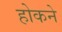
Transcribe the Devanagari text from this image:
होकने